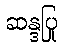
ဆန္ဒပြု